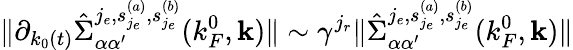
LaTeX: \Vert\partial_{k_{0}(t)}\hat{\Sigma}_{\alpha\alpha^{\prime}}^{j_{e},{s_{j_{e}}^{(a)},s_{j_{e}}^{(b)}}}(k_{F}^{0},{\mathbf k})\Vert\sim\gamma^{j_{r}}\Vert\hat{\Sigma}_{\alpha\alpha^{\prime}}^{j_{e},{s_{j_{e}}^{(a)},s_{j_{e}}^{(b)}}}(k_{F}^{0},{\mathbf k})\Vert